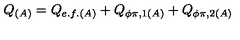
Q _ { ( A ) } = Q _ { e . f . ( A ) } + Q _ { \phi \pi , 1 ( A ) } + Q _ { \phi \pi , 2 ( A ) }